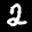
Label: 2